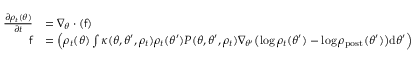
\begin{array} { r l } { \frac { \partial \rho _ { t } ( \theta ) } { \partial t } } & { = \nabla _ { \theta } \cdot ( \mathsf { f } ) } \\ { \mathsf { f } } & { = \Bigl ( \rho _ { t } ( \theta ) \int \kappa ( \theta , \theta ^ { \prime } , \rho _ { t } ) \rho _ { t } ( \theta ^ { \prime } ) P ( \theta , \theta ^ { \prime } , \rho _ { t } ) \nabla _ { \theta ^ { \prime } } \bigl ( \log \rho _ { t } ( \theta ^ { \prime } ) - \log \rho _ { \mathrm { p o s t } } ( \theta ^ { \prime } ) \bigr ) \mathrm { d } \theta ^ { \prime } \Bigr ) } \end{array}